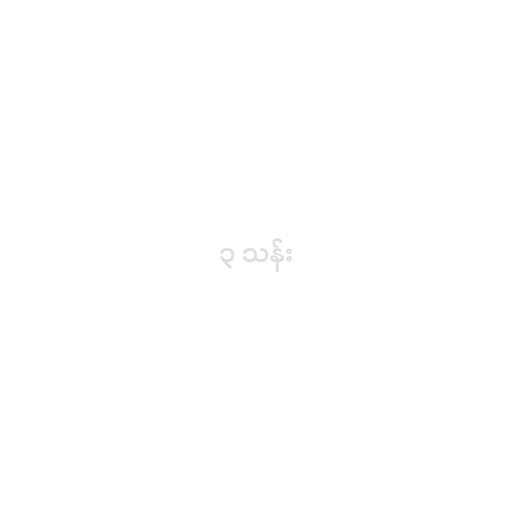
၃ သန်း